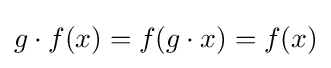
g\cdot f(x)=f(g\cdot x)=f(x)